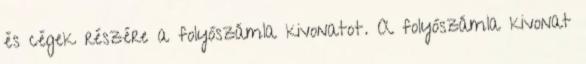
és cégek részére a folyószámla kivonatot. A folyószámla kivonat